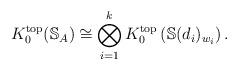
LaTeX: \begin{align*} K^{\mathrm{top}}_0(\mathbb{S}_A)\cong \bigotimes_{i=1}^k K^{\mathrm{top}}_0\left(\mathbb{S}(d_i)_{w_i}\right). \end{align*}